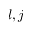
l , j